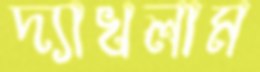
দ্যাখলাম